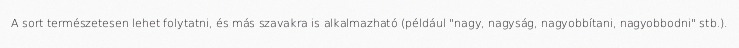
A sort természetesen lehet folytatni, és más szavakra is alkalmazható (például "nagy, nagyság, nagyobbítani, nagyobbodni" stb.).